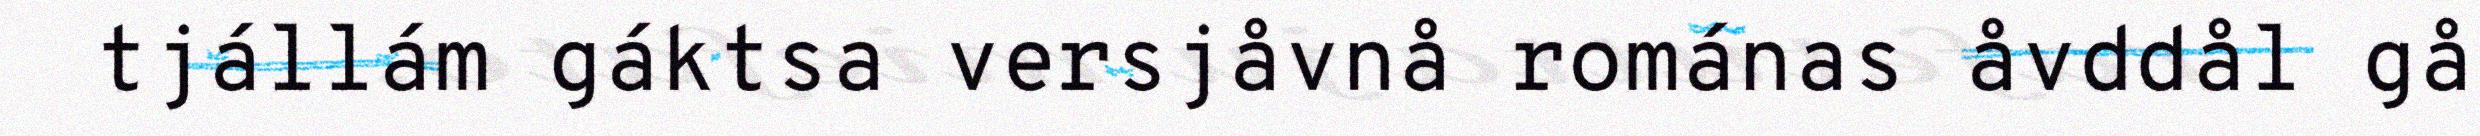
tjállám gáktsa versjåvnå románas åvddål gå